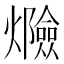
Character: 𰟸